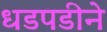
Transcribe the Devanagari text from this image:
धडपडीने